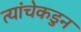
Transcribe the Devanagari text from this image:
त्यांचेकडुन